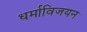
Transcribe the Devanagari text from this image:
धर्माविजयन